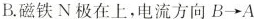
B.磁铁N极在上，电流方向B→A